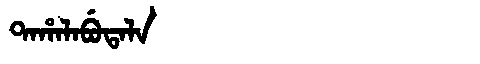
Manchu: ᡨᠠᡥᠠᠯᠠᠪᡠᡨᠠᠯᠠ
Romanization: TAHALABUTALA